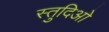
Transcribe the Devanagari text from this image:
स्तुदिओ